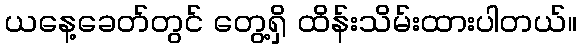
ယနေ့ခေတ်တွင် တွေ့ရှိ ထိန်းသိမ်းထားပါတယ်။